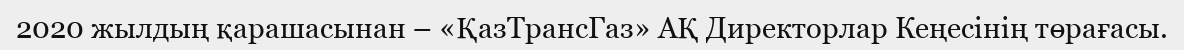
2020 жылдың қарашасынан – «ҚазТрансГаз» АҚ Директорлар Кеңесінің төрағасы.